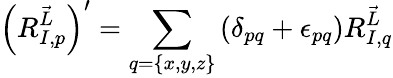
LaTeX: \left(R_{I,p}^{\vec{L}}\right)^{\prime}=\sum_{q=\{ x,y,z\} }\left(\delta_{pq}+\epsilon_{pq}\right)R_{I,q}^{\vec{L}}